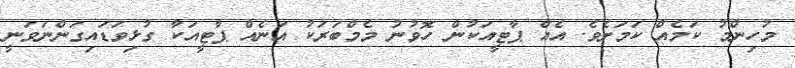
މުހިންމު ކަމެއް ކަމަށެވެ. އެއް ޕާޓީއަކުން ހޮވުނު މެމްބަރަކު އަނެއް ޕާޓީއަކާ ގުޅިވަޑައިގަންނަވަނީ